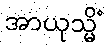
အာယုသ္မိံ